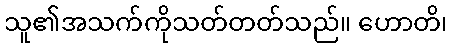
သူ၏အသက်ကိုသတ်တတ်သည်။ ဟောတိ၊